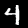
Label: 4